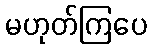
မဟုတ်ကြပေ